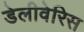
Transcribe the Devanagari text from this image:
डेलीवेरिस